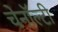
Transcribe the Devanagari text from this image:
चेनॉल्टी